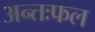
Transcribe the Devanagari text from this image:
अन्तःफल